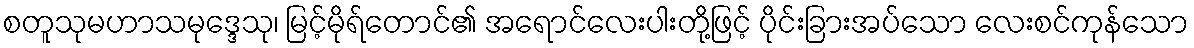
စတူသုမဟာသမုဒ္ဒေသု၊ မြင့်မိုရ်တောင်၏ အရောင်လေးပါးတို့ဖြင့် ပိုင်းခြားအပ်သော လေးစင်ကုန်သော